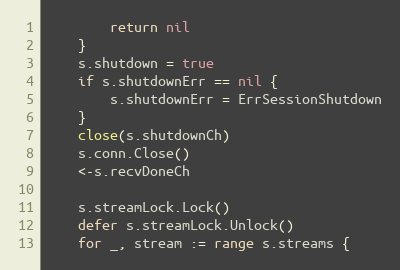
Language: Go
		return nil
	}
	s.shutdown = true
	if s.shutdownErr == nil {
		s.shutdownErr = ErrSessionShutdown
	}
	close(s.shutdownCh)
	s.conn.Close()
	<-s.recvDoneCh

	s.streamLock.Lock()
	defer s.streamLock.Unlock()
	for _, stream := range s.streams {